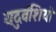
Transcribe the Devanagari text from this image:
यदुवंशियो